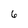
Character: 6